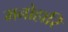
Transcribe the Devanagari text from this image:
मनोहारि